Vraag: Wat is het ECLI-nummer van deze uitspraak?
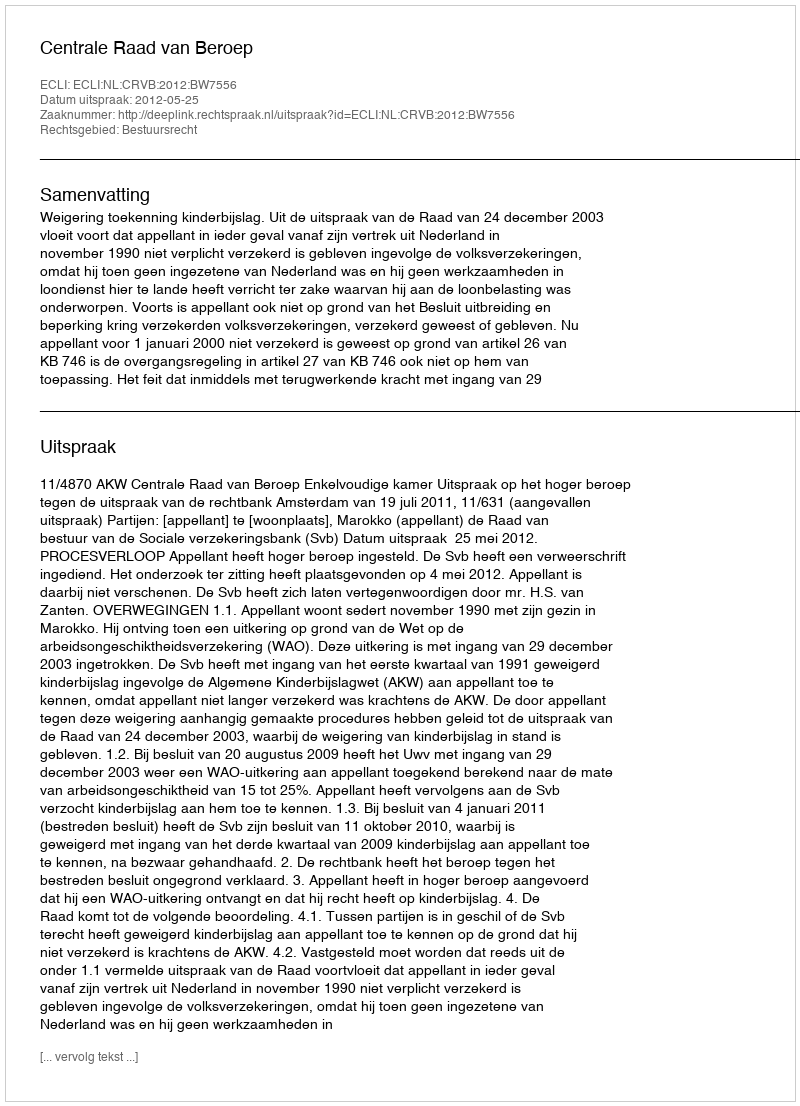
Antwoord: ECLI:NL:CRVB:2012:BW7556